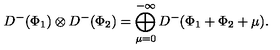
D ^ { - } ( \Phi _ { 1 } ) \otimes D ^ { - } ( \Phi _ { 2 } ) = \bigoplus _ { \mu = 0 } ^ { - \infty } D ^ { - } ( \Phi _ { 1 } + \Phi _ { 2 } + \mu ) .